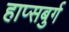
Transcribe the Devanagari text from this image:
हाप्सबुर्ग